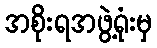
အစိုးရအဖွဲ့ရုံးမှ